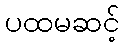
ပထမဆင့်